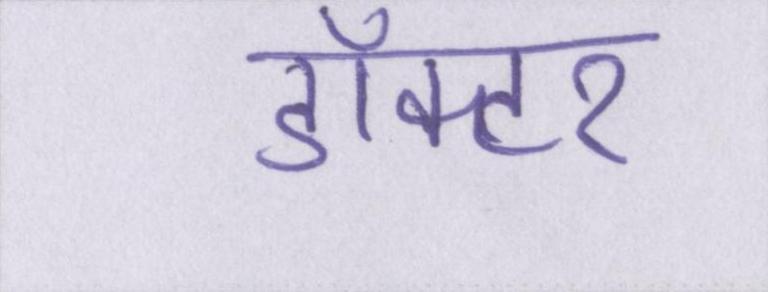
डॉक्टर